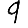
Digit: 9